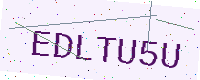
Text: EDLTU5U